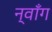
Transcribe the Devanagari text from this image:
न्वाँग